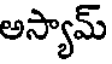
అస్యామ్